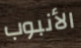
الأنبوب